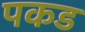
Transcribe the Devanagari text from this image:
पकड